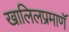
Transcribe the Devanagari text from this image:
खालिलप्रमाणॅ